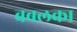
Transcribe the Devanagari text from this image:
बबलका